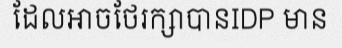
ដែលអាចថែរក្សាបានIDP មាន